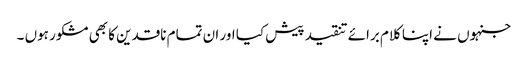
جنہوں نے اپنا کلام برائے تنقید پیش کیا اور ان تمام ناقدین کا بھی مشکور ہوں ۔